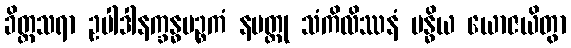
ခိတ္တသရာ ဥပါဒါနက္ခန္ဓပဉ္စကံ နမတ္ထု သံကိလိဿနံ ဗန္ဓိယ ယောဇယိတွာ